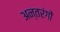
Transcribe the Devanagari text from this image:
अन्तरंगों